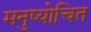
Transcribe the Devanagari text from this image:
मनुष्योचित